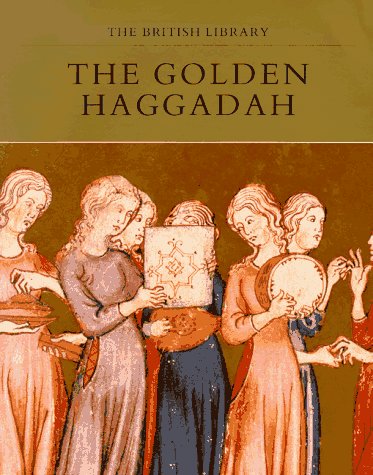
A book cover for The Golden Haggadah; Bezalel Narkiss; Arts & Photography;